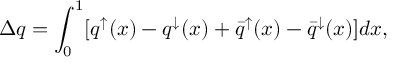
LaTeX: \Delta q = \int _ { 0 } ^ { 1 } [ q ^ { \mathord \uparrow } ( x ) - q ^ { { \mathord \downarrow } } ( x ) + { \bar { q } } ^ { \mathord \uparrow } ( x ) - { \bar { q } } ^ { { \mathord \downarrow } } ( x ) ] d x ,